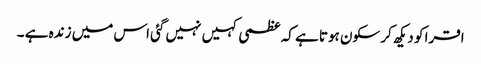
اقرا کو دیکھ کر سکون ہوتا ہے کہ عظمی کہیں نہیں گئی اس میں زندہ ہے ۔